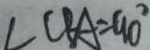
\angle C B A = 9 0 ^ { \circ }